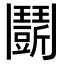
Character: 𩰖